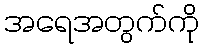
အရေအတွက်ကို